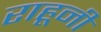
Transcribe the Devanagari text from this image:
राहूनी